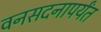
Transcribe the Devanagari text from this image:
वनसदनापर्यंत